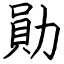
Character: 勛